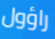
راؤول